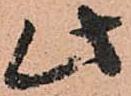
此